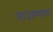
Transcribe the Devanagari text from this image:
राजमल